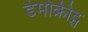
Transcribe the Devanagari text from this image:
डेमोक्रीट्स